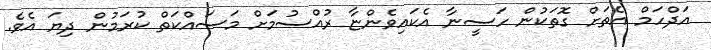
އަދްްހަމް އެތަށް ގޮތަކުން ހަސީނާ އެކައިވެންޏާ ރުއްސުމަށް މަސައްކަތް ކުރަމުން ދިޔަ އެވެ.